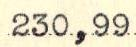
230,99